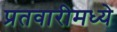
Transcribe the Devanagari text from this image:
प्रतवारीमध्ये